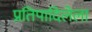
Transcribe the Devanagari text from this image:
प्रतिपादिलेला